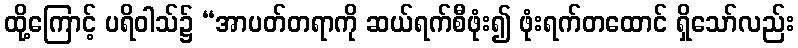
ထို့ကြောင့် ပရိဝါသ်၌ “အာပတ်တရာကို ဆယ်ရက်စီဖုံး၍ ဖုံးရက်တထောင် ရှိသော်လည်း